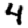
Digit: 4